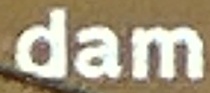
dam